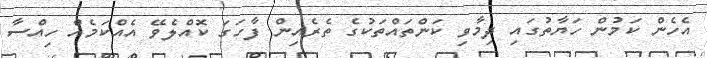
އެހެން ކަމުން ހަޔާތުގައި ދިމާވި ކަންތައްތަކުގެ ތެރެއިން ފާހަގަ ކޮއްލެވޭ އެއްކަމެއް ހިއްސާ